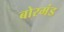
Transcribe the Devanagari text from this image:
बोरमंड